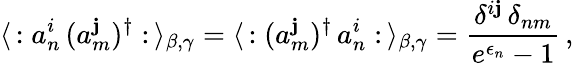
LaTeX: \langle\, :a_{n}^{i}\, (a_{m}^{\mathbf{j}})^{\dagger}:\, \rangle_{\beta,\gamma}=\langle\, :(a_{m}^{\mathbf{j}})^{\dagger}\, a_{n}^{i}:\, \rangle_{\beta,\gamma}=\frac{{\delta^{i\mathbf{j}}\, \delta_{nm}}}{{e^{\epsilon_{n}}-1}}\, ,